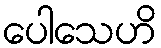
ပေါသေဟိ